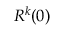
R ^ { k } { ( 0 ) }